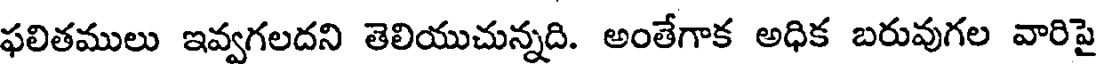
ఫలితములు ఇవ్వగలదని తెలియుచున్నది. అంతేగాక అధిక బరువుగల వారిపై